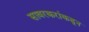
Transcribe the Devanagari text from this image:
सावरकरांकडून